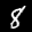
Label: 8